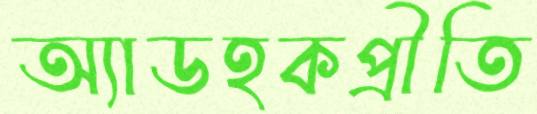
অ্যাডহকপ্রীতি